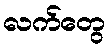
လက်တွေ